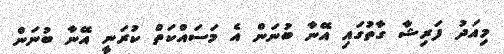
މިއަދު ފަރިޝާ ގާތުގައި އޭނާ ބުނަން އެ މަސައްކަތް ކުރަނީ އޭނާ ބުނަން